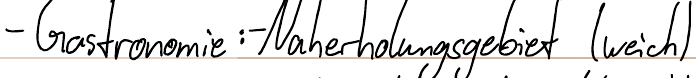
- Gastronomie: - Naherholungsgebiet (weich)